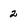
Character: 2